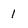
Character: 1